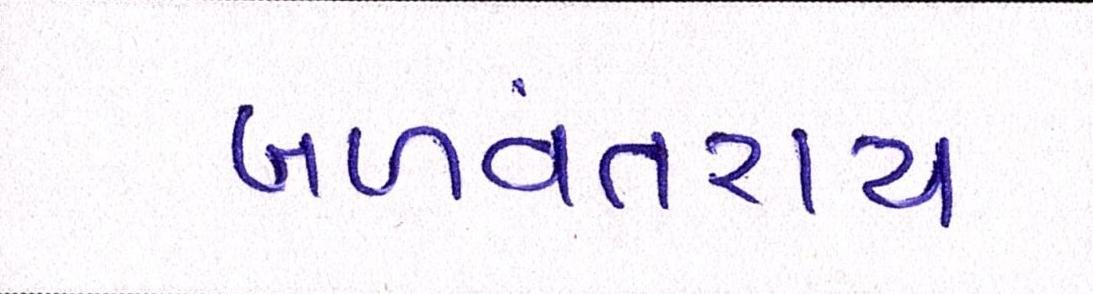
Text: બળવંતરાય